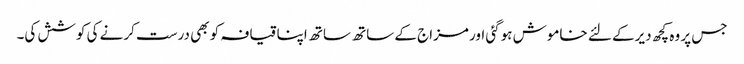
جس پر وہ کچھ دیرکے لئے خاموش ہوگئی اور مزاج کے ساتھ ساتھ اپنا قیافہ کو بھی درست کرنے کی کوشش کی۔